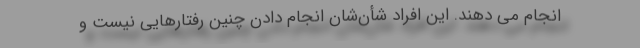
انجام می دهند. این افراد شأن‌شان انجام دادن چنین رفتارهایی نیست و